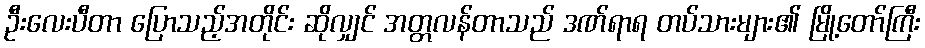
ဦးလေးပီတာ ပြောသည့်အတိုင်း ဆိုလျှင် အတ္တလန်တာသည် ဒဏ်ရာရ တပ်သားများ၏ မြို့တော်ကြီး